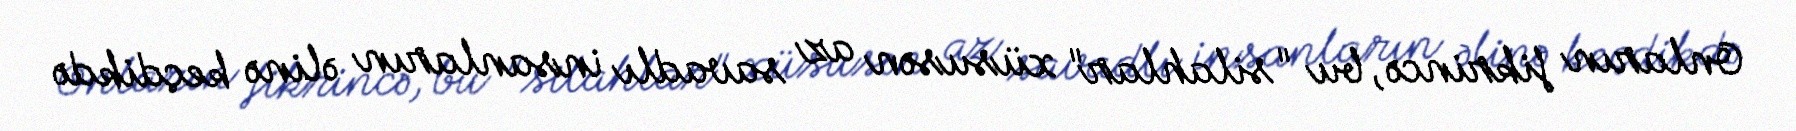
Onların fikrincə, bu "silahlar" xüsusən az savadlı insanların əlinə keçdikdə